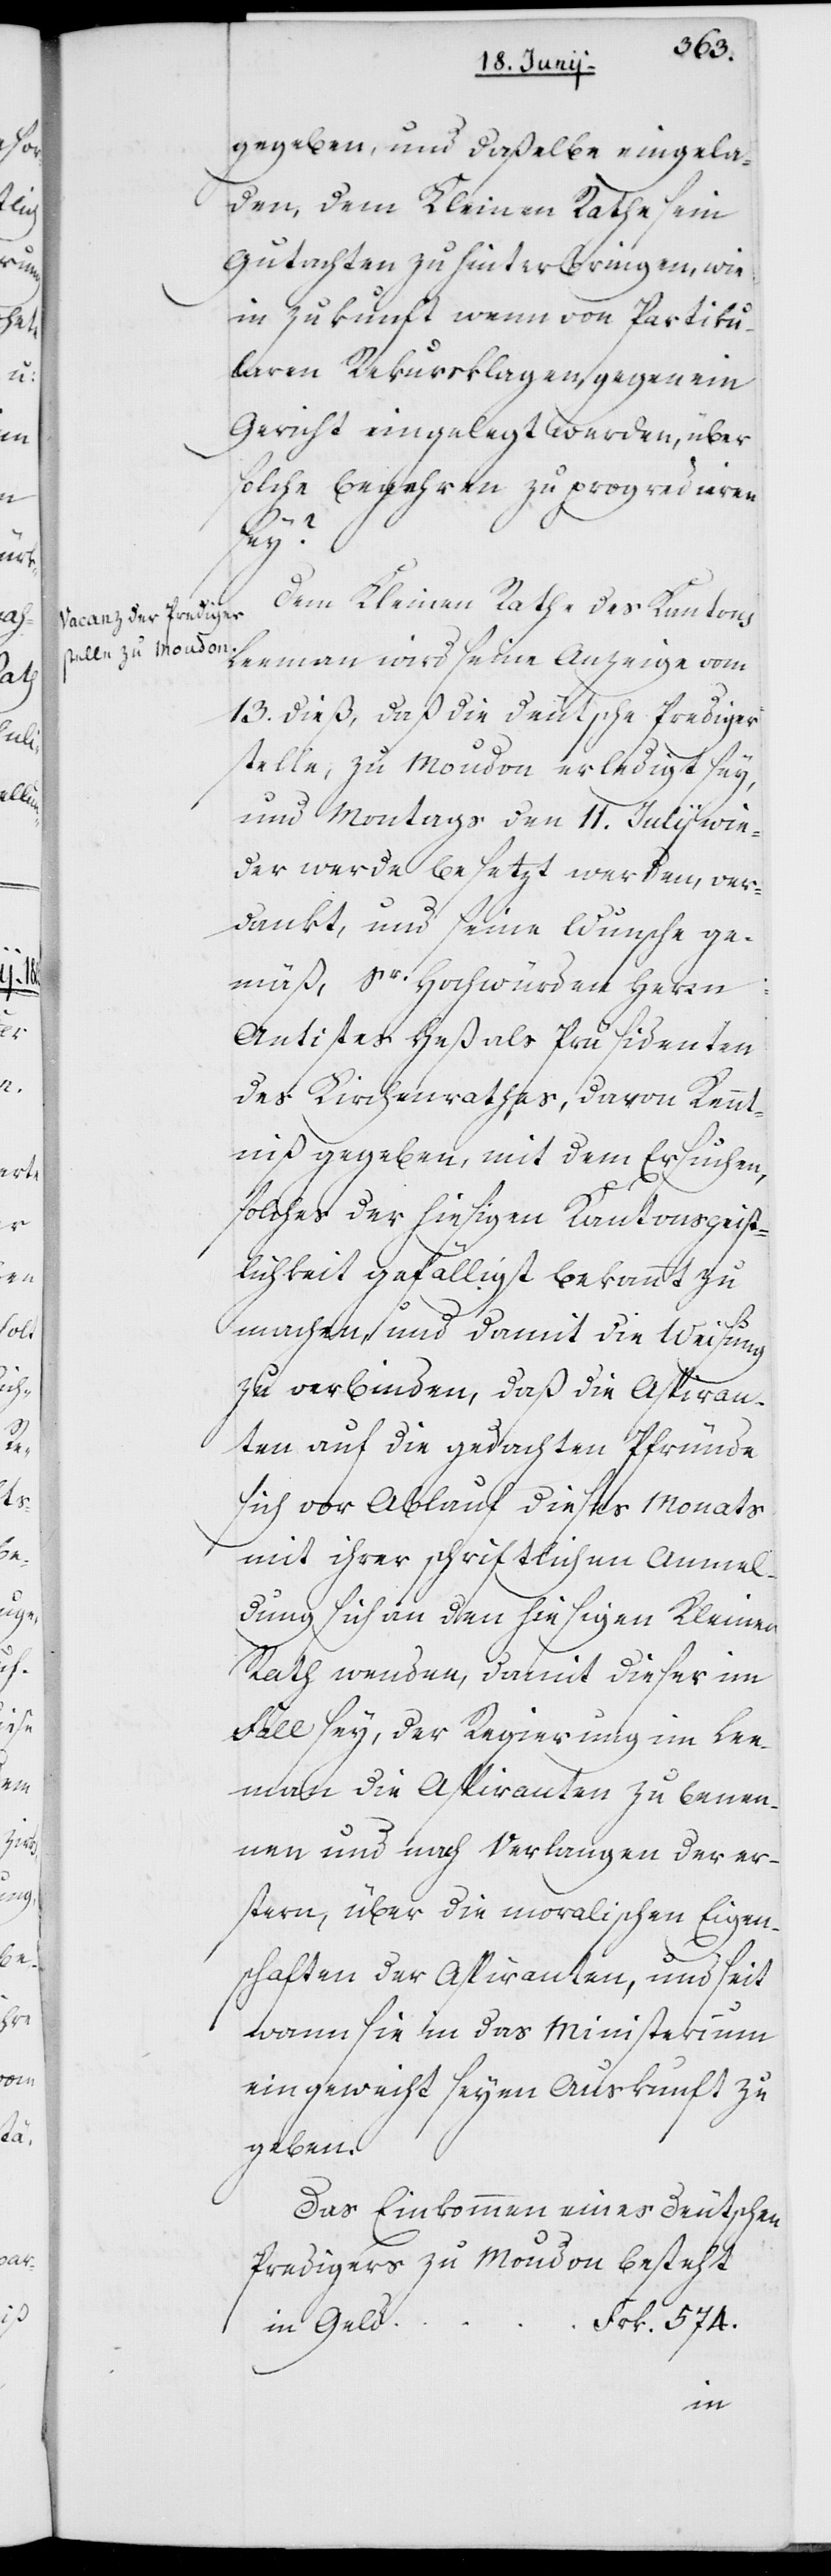
gegeben, und daßelbe eingela¬
den, dem Kleinen Rathe sein
Gutachten zu hinterbringen, wie
in Zukunft, wenn von Partiku¬
laren Rekursklagen gegen ein
Gericht eingelegt werden, über
solche Begehren zu progredieren
sey?
Dem Kleinen Rathe des Kantons
Leeman wird seine Anzeige vom
13. dieß, daß die deutsche Prediger¬
stelle zu Moudon erledigt sey,
und Montags den 11. Julij wie¬
der werde besetzt werden, ver¬
dankt, und seine[m] Wunsche ge¬
mäß, Sr. Hochwürden Herrn
Antistes Heß als Präsidenten
des Kirchenrathes, davon Kennt¬
niß gegeben, mit dem Ersuchen,
solches der hiesigen Kantonsgeist¬
lichkeit gefälligst bekannt zu
machen, und damit die Weisung
zu verbinden, daß die Aspiran¬
ten auf die gedachten Pfründe
sich vor Ablauf dieses Monats
mit ihrer schriftlichen Anmel¬
dung sich an den hiesigen Kleinen
Rath wenden, damit dieser im
Fall sey, der Regierung im Lee¬
man die Aspiranten zu benen¬
nen und nach Verlangen der er¬
stern, über die moralischen Eigen¬
schaften der Aspiranten, und seit
wann sie in das Ministerium
eingeweiht seyen, Auskunft zu
geben.
Das Einkommen eines deutschen
Predigers zu Moudon besteht:
d	Frk. 574.
in Gel¬